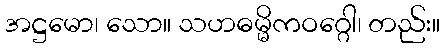
အဋ္ဌမော၊ သော။ သဟဓမ္မိကဝဂ္ဂေါ၊ တည်း။